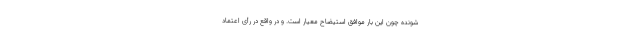
شونده چون این بار موافق استیضاح معیار است. و در واقع در رأی اعتماد